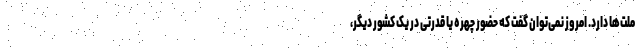
ملت‌ها دارد. امروز نمی‌توان گفت که حضور چهره یا قدرتی در یک کشور دیگر،